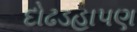
દોઢડહાપણ